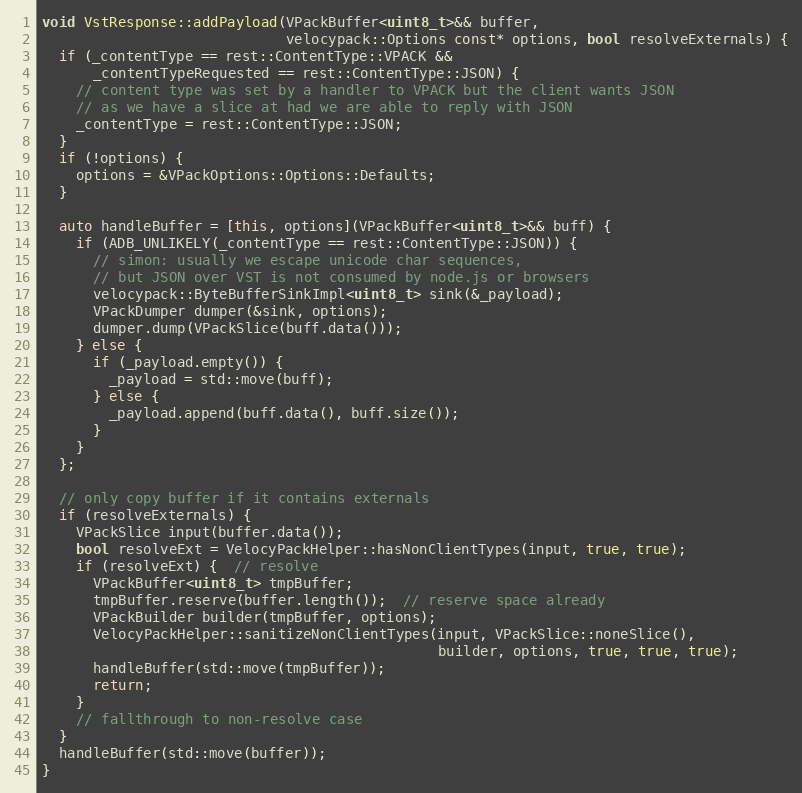
Language: C++
void VstResponse::addPayload(VPackBuffer<uint8_t>&& buffer,
                             velocypack::Options const* options, bool resolveExternals) {
  if (_contentType == rest::ContentType::VPACK &&
      _contentTypeRequested == rest::ContentType::JSON) {
    // content type was set by a handler to VPACK but the client wants JSON
    // as we have a slice at had we are able to reply with JSON
    _contentType = rest::ContentType::JSON;
  }
  if (!options) {
    options = &VPackOptions::Options::Defaults;
  }

  auto handleBuffer = [this, options](VPackBuffer<uint8_t>&& buff) {
    if (ADB_UNLIKELY(_contentType == rest::ContentType::JSON)) {
      // simon: usually we escape unicode char sequences,
      // but JSON over VST is not consumed by node.js or browsers
      velocypack::ByteBufferSinkImpl<uint8_t> sink(&_payload);
      VPackDumper dumper(&sink, options);
      dumper.dump(VPackSlice(buff.data()));
    } else {
      if (_payload.empty()) {
        _payload = std::move(buff);
      } else {
        _payload.append(buff.data(), buff.size());
      }
    }
  };

  // only copy buffer if it contains externals
  if (resolveExternals) {
    VPackSlice input(buffer.data());
    bool resolveExt = VelocyPackHelper::hasNonClientTypes(input, true, true);
    if (resolveExt) {  // resolve
      VPackBuffer<uint8_t> tmpBuffer;
      tmpBuffer.reserve(buffer.length());  // reserve space already
      VPackBuilder builder(tmpBuffer, options);
      VelocyPackHelper::sanitizeNonClientTypes(input, VPackSlice::noneSlice(),
                                               builder, options, true, true, true);
      handleBuffer(std::move(tmpBuffer));
      return;
    }
    // fallthrough to non-resolve case
  }
  handleBuffer(std::move(buffer));
}